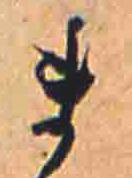
ま